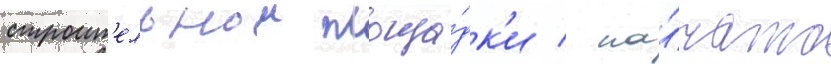
строит'ельнои площа́дк'и / на́чато